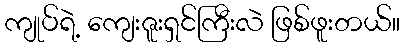
ကျုပ်ရဲ့ ကျေးဇူးရှင်ကြီးလဲ ဖြစ်ဖူးတယ်။